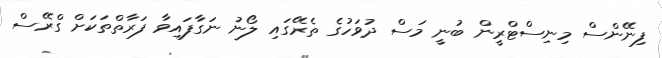
ފިނޭންސް މިނިސްޓްރީން ބުނީ މަސް ދުވަހުގެ ތެރޭގައި ލޯނު ނަގާފައިވާ ފަރާތްތަކަށް ގްރޭސް